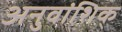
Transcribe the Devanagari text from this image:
अनुवांशिक्